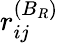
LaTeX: r_{ij}^{(B_{R})}